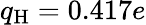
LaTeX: q_{\mathrm{H}}=0.417e